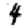
Digit: 4